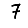
Digit: 7